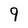
Character: 9